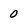
Character: 0